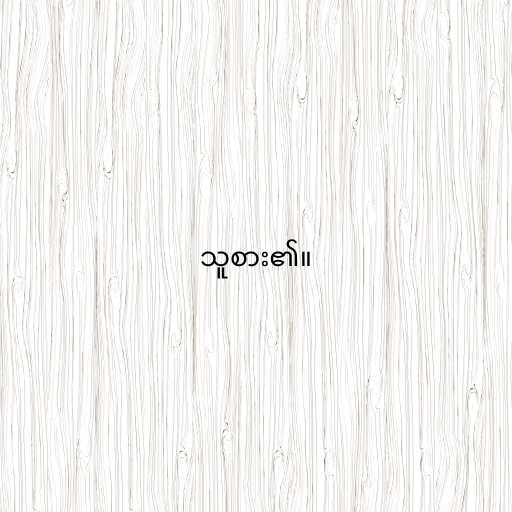
သူစား၏။